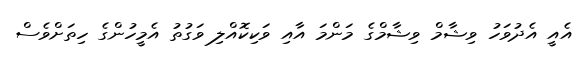
އެއީ އެދުވަހު ވިޝާމް ވިޝާމްގެ މަންމަ އާއި ވަކިކޮއްލި ވަގުތު އެމީހުންގެ ހިތަށްވެސް